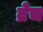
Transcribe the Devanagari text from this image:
व्रेच